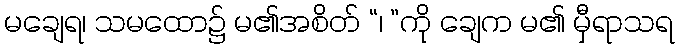
မချေရ၊ သမထော၌ မ၏အစိတ် “၊ ”ကို ချေက မ၏ မှီရာသရ